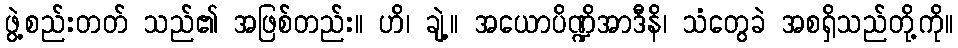
ဖွဲ့စည်းတတ် သည်၏ အဖြစ်တည်း။ ဟိ၊ ချဲ့။ အယောပိဏ္ဍိအာဒီနိ၊ သံတွေခဲ အစရှိသည်တို့ကို။